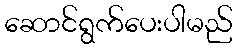
ဆောင်ရွက်ပေးပါမည်